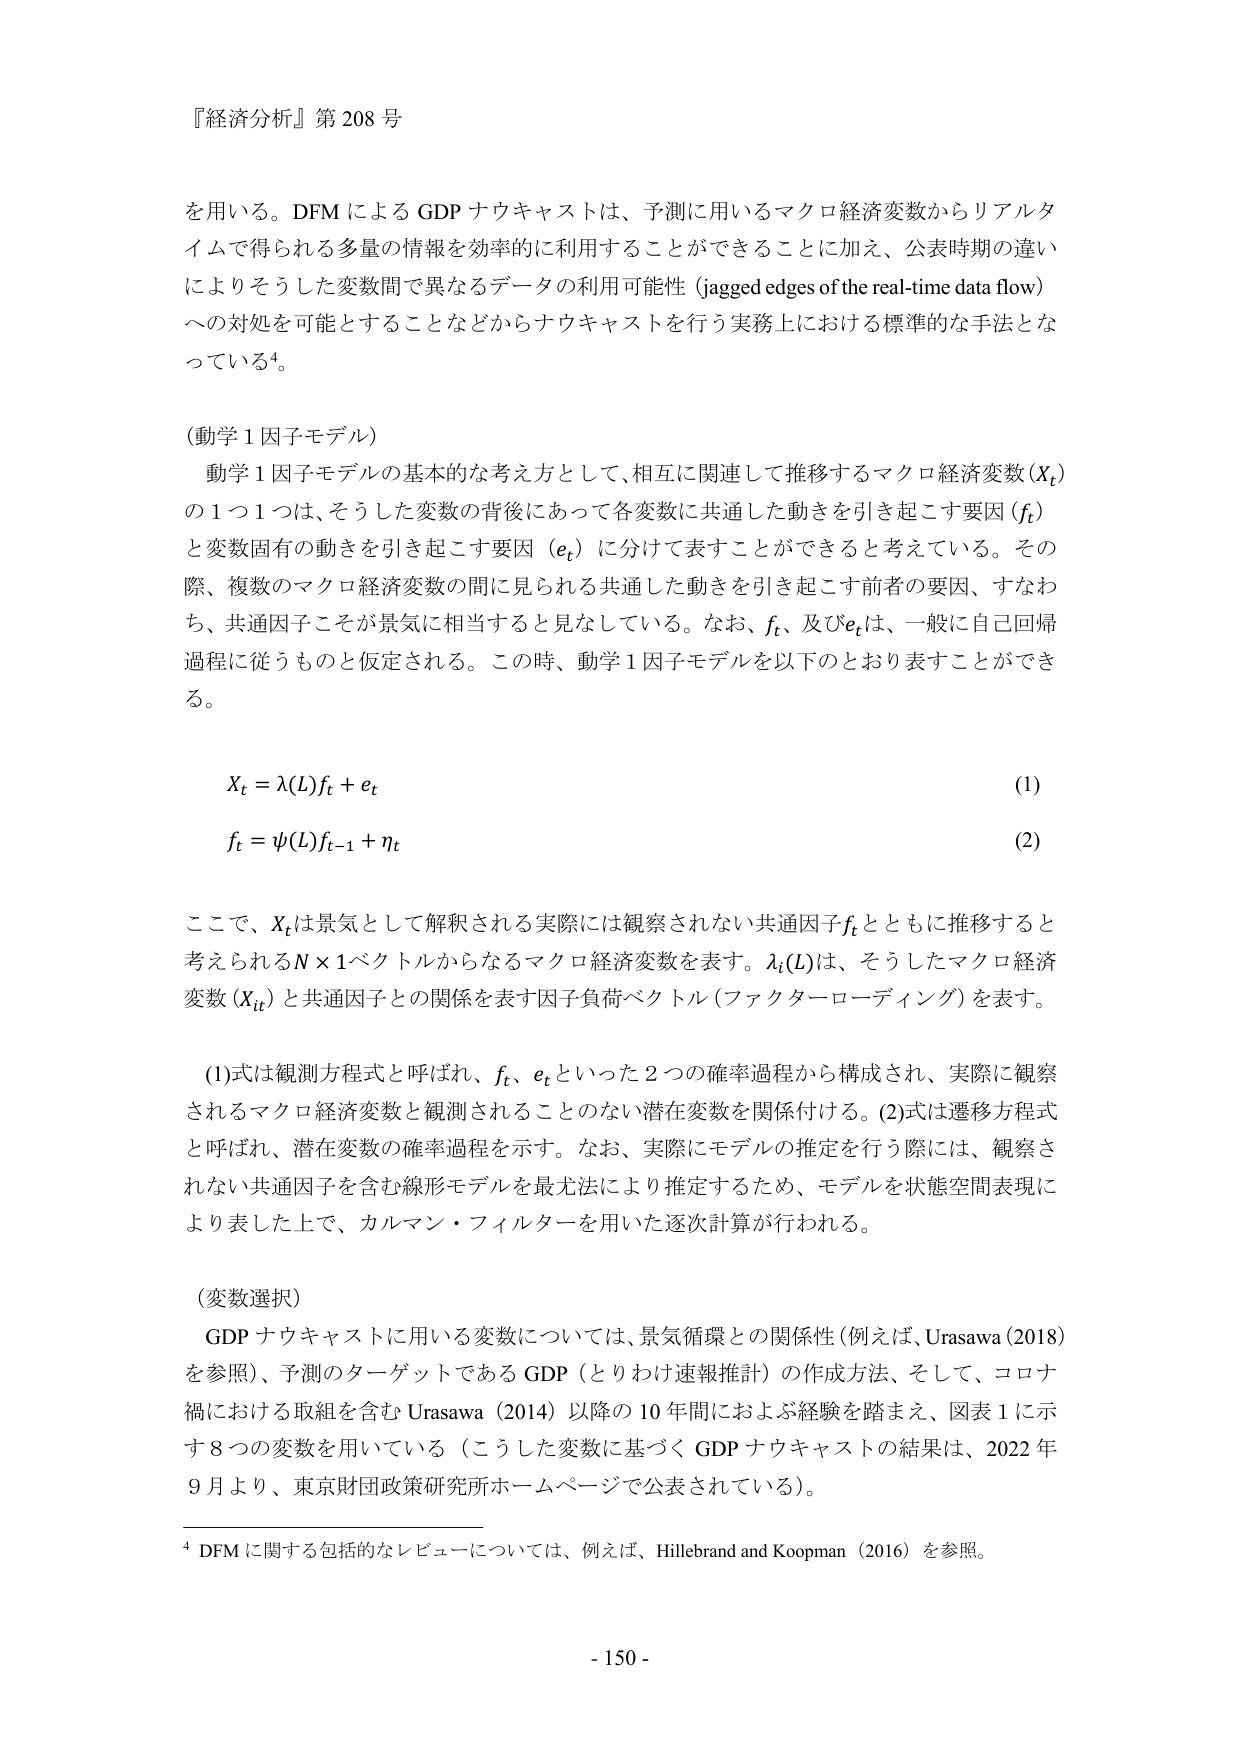
『経済分析』第208号

を用いる。DFMによるGDPナウキャストは、予測に用いるマクロ経済変数からリアルタイムで得られる多量の情報を効率的に利用することができることに加え、公表時期の違いによりそうした変数間で異なるデータの利用可能性（jagged edges of the real-time data flow）への対処を可能とすることなどからナウキャストを行う実務上における標準的な手法となっている⁴。

（動学1因子モデル）
動学1因子モデルの基本的な考え方として、相互に関連して推移するマクロ経済変数（Xₜ）の1つ1つは、そうした変数の背後にある各変数に共通した動きを引き起こす要因（fₜ）と変数固有の動きを引き起こす要因（eₜ）に分けて表すことができると考えている。その際、複数のマクロ経済変数の間に見られる共通した動きを引き起こす前者の要因、すなわち、共通因子こそが景気に相当すると見なしている。なお、fₜ、及びeₜは、一般に自己回帰過程に従うものと仮定される。この時、動学1因子モデルを以下のとおり表すことができる。

Xₜ = λ(L)fₜ + eₜ　　(1)
fₜ = ψ(L)fₜ₋₁ + ηₜ　　(2)

ここで、Xₜは景気として解釈される実際には観察されない共通因子fₜとともに推移すると考えられるN×1ベクトルからなるマクロ経済変数を表す。λₜ(L)は、そうしたマクロ経済変数（Xᵢₜ）と共通因子との関係を表す因子負荷ベクトル（ファクターローディング）を表す。

(1)式は観測方程式と呼ばれ、fₜ、eₜといった2つの確率過程から構成され、実際に観察されるマクロ経済変数と観測されることのない潜在変数を関係付ける。(2)式は遷移方程式と呼ばれ、潜在変数の確率過程を示す。なお、実際にモデルの推定を行う際には、観察されない共通因子を含む線形モデルを最尤法により推定するため、モデルを状態空間表現により表した上で、カルマン・フィルターを用いた逐次計算が行われる。

（変数選択）
GDPナウキャストに用いる変数については、景気循環との関係性（例えば、Urasawa（2018）を参照）、予測のターゲットであるGDP（とりわけ速報推計）の作成方法、そして、コロナ禍における取組を含むUrasawa（2014）以降の10年間におよぶ経験を踏まえ、図表1に示す8つの変数を用いている（こうした変数に基づくGDPナウキャストの結果は、2022年9月より、東京財団政策研究所ホームページで公表されている）。

⁴ DFMに関する包括的なレビューについては、例えば、Hillebrand and Koopman（2016）を参照。

- 150 -